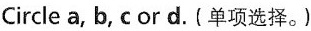
Circle a, b, c or d.(单项选择.)